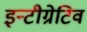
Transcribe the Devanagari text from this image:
इन्टीग्रेटिव